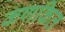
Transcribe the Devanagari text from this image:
कणकित